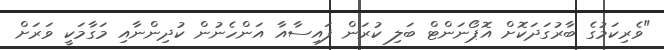
"ވެރިކަމުގެ ބާރުގަދަކޮށް އޮޕޯނަންޓް ބަލި ކުރަން ފައިސާއާ އަންހެނުން ކުދިންނާއި މަގާމަކީ ވަރަށް